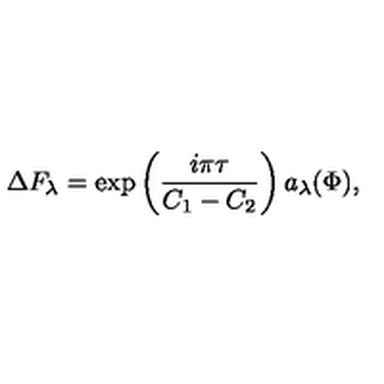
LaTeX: \Delta F _ { \lambda } = \exp \left( \frac { i \pi \tau } { C _ { 1 } - C _ { 2 } } \right) a _ { \lambda } ( \Phi ) ,